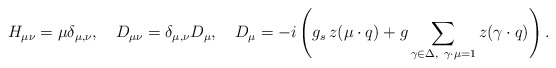
\begin{align*}H_{\mu \nu}=\mu \delta_{\mu, \nu},\quad D_{\mu \nu}= \delta_{\mu, \nu}D_{\mu},\quad D_{\mu}=-i\left(g_s\,z(\mu\cdot q) +g\sum_{\gamma\in\Delta,\ \gamma\cdot\mu=1}z(\gamma\cdot q)\right). \end{align*}